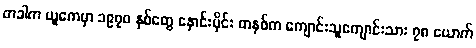
တခါက ယူကေမှာ ၁၉၇၀ နှစ်တွေ နှောင်းပိုင်း တနှစ်က ကျောင်းသူကျောင်းသား ၇၈ ယောက်